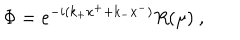
\Phi = e ^ { - i ( k _ { + } x ^ { + } + k _ { - } x ^ { - } ) } R ( \mu ) \ ,